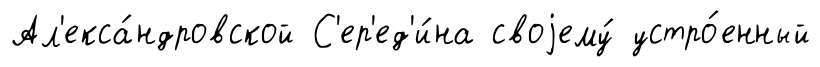
Ал'екса́ндровской С'ер'ед'и́на своjему́ устро́енный